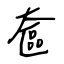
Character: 奩